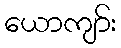
ယောကျာ်း